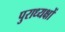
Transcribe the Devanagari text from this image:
पुराध्यक्षों